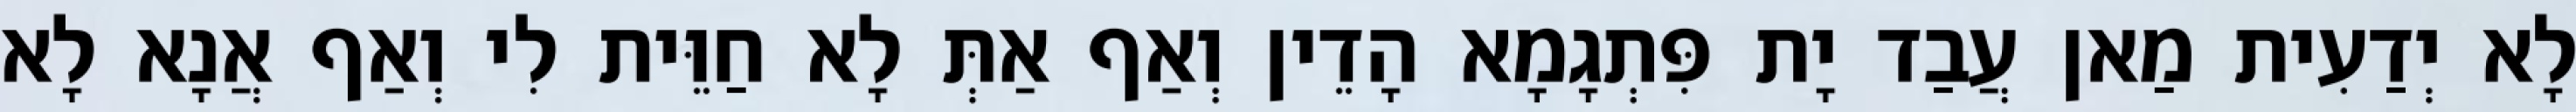
לָא יְדַעִית מַאן עֲבַד יָת פִּתְגָמָא הָדֵין וְאַף אַתְּ לָא חַוֵּית לִי וְאַף אֲנָא לָא